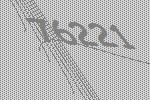
76221